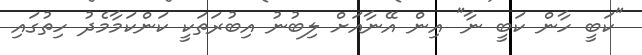
"ކަބީ ހާން ކަބީ ނާ" އިން އޭނާއަށް ލިބުނު އިބުރަތަކީ ކަންކަމާމެދު ހިތުގައި